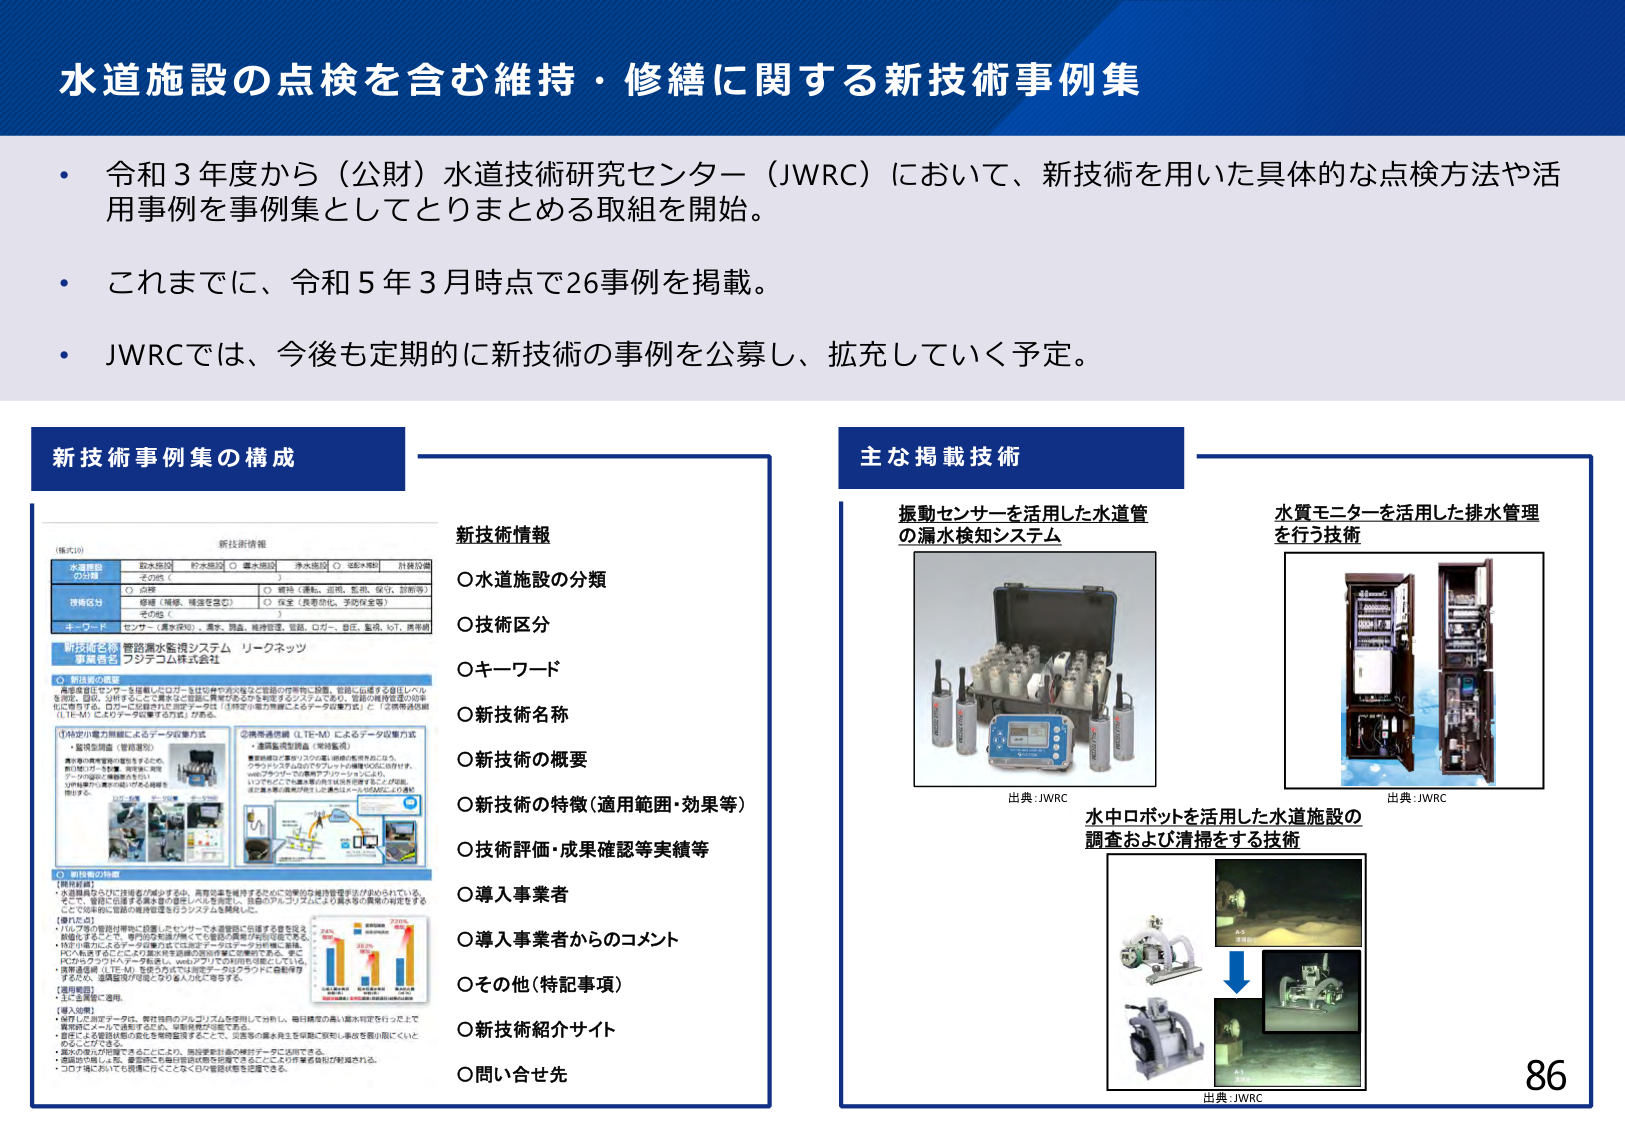
水道施設の点検を含む維持・修繕に関する新技術事例集

・令和3年度から（公財）水道技術研究センター（JWRC）において、新技術を用いた具体的な点検方法や活用事例を事例集としてとりまとめる取組を開始。

・これまでに、令和5年3月時点で26事例を掲載。

・JWRCでは、今後も定期的に新技術の事例を公募し、拡充していく予定。

新技術事例集の構成

（様式10） 新技術情報
水道施設の分類
○給水施設 ○貯水施設 ○導水施設 ○浄水施設 ○他水・排水 ○計装設備
その他（ ）

技術区分
○点検（維持、補修を含む） ○維持（清掃、巡回、監視、保守、診断等）
○保全（長寿命化、予防保全等）
その他（ ）

キーワード
センサー、漏水検知、漏水、閉鎖、電力供給、監視、ロボット、自立、監視、IoT、携帯端

新技術名称
管路漏水監視システム リークネット
システムコム株式会社

○新技術の概要
本装置はセンサーを搭載したロボットを付帯管内の壁など管路の付帯物に設置、安定に伝達する音圧レベルを測定、記録・分析することで漏水など管路に異常があるかを判定するシステムであり、管路の維持管理の効率化に寄与する。ロボットに搭載した測定データは（特許）電力供給によるデータ収集方式（と、近接無線通信用LTE-M）によりデータ収集する方式がある。

①特定の電力供給によるデータ収集方式
・監視装置（管路装置）
漏水時の異常音が発生するため、
無線通信にて本装置、管理室、管理
データの記録と監視を実施し、
リアルタイムに漏水の有無を確認
・特許方式

②携帯通信網（LTE-M）によるデータ収集方式
・通信監視装置（管路装置）
通信網に接続するため、通信の有無を常に監視し、
クラウド上でリアルタイムにデータを収集・記録し、
Webブラウザにて遠隔管理が可能。
いつでもどこでも漏水監視を実施可能。
※工事量も最小限に抑えることが可能。
※工事量も最小限に抑えることが可能。

○新技術の特徴
【新技術概要】
・水道管路の点検・修繕者が減少する中、異常発生を維持するために効率的な維持管理手法が求められている。
・そして、管路に伝達する異常音を監視・分析を実施し、各管路のレベルごとに漏水の有無の判定をすることで効率的に管路の維持管理を行うシステムを開発した。

【優れた点】
・10メートルの管路付帯物に設置したセンサーで水道管路に伝達する音を記録・
・検出することで、専門的な知識が無くても管路の異常が判別可能である。
・特定の場所にスポットで設置すれば特定のエリアの管路に異常が発生するごとにその漏水を迅速に原因の特定が可能である。更に
・クラウドでデータを収集し、webブラウザで遠隔管理が可能。
・携帯通信網（LTE-M）を活用すれば測定データはクラウドに自動保存
・するため、遠隔監視が可能となり省人化にも寄与する。

【実用範囲】
・主に企業等・都市。

【導入効果】
・導入した測定データは、解析独自のアルゴリズムを用いて分析し、毎日精度の高い漏水判定を行った上で
・異常時にメールで通知するため、早期修繕が可能である。
・日常による管路状態の変化を常時監視することで、災害等の漏水発生を早期に察知し事故を最小限にいくことができる。
・漏水の発生が把握できるだけでなく、施設運営担当の検討データに活用できる。
・管路の状態は、量産時に市場に提供された情報ではなく、この仕様書を独自に作成される。
・コロナ禍においても現場に行くことなく日々管路状態を把握できる。

新技術情報
○水道施設の分類
○技術区分
○キーワード
○新技術名称
○新技術の概要
○新技術の特徴（適用範囲・効果等）
○技術評価・成果確認等実績等
○導入事業者
○導入事業者からのコメント
○その他（特記事項）
○新技術紹介サイト
○問い合わせ先

主な掲載技術

振動センサーを活用した水道管の漏水検知システム
出典：JWRC

水質モニターを活用した排水管理を行う技術
出典：JWRC

水中ロボットを活用した水道施設の調査および清掃をする技術
出典：JWRC

86